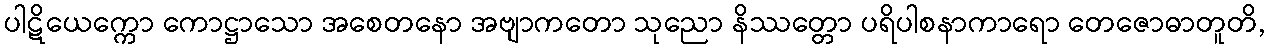
ပါဋိယေက္ကော ကောဋ္ဌာသော အစေတနော အဗျာကတော သုညော နိဿတ္တော ပရိပါစနာကာရော တေဇောဓာတူတိ,